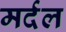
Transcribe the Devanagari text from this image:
मर्दल